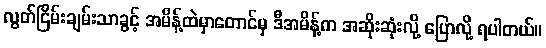
လွတ်ငြိမ်းချမ်းသာခွင့် အမိန့်ထဲမှာတောင်မှ ဒီအမိန့်က အဆိုးဆုံးလို့ ပြောလို့ ရပါတယ်။